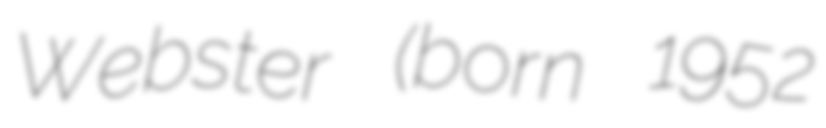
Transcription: Webster (born 1952